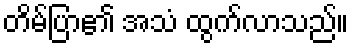
တိမ်ပြာ၏ အသံ ထွက်လာသည်။